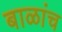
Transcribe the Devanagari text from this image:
बाळांच